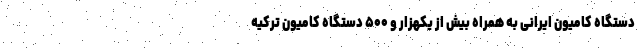
دستگاه کامیون ایرانی به همراه بیش از یکهزار و ۵۰۰ دستگاه کامیون ترکیه